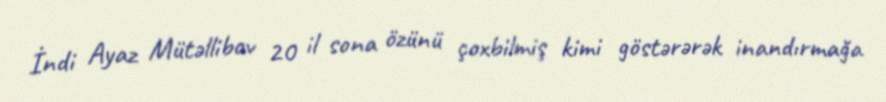
İndi Ayaz Mütəllibov 20 il sona özünü çoxbilmiş kimi göstərərək inandırmağa